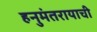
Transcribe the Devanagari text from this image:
हनुमंतरायाची